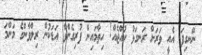
ނޭނގިފަ. އެއީ ވަރަށް ރަނގަޅު ކުއްޖެއް! ހިތާމައިން ފުރިގެންވާ އަޑަކުން ރިލްވާންގެ މަންމަ